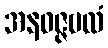
အနဝဇ္ဇဗလံ